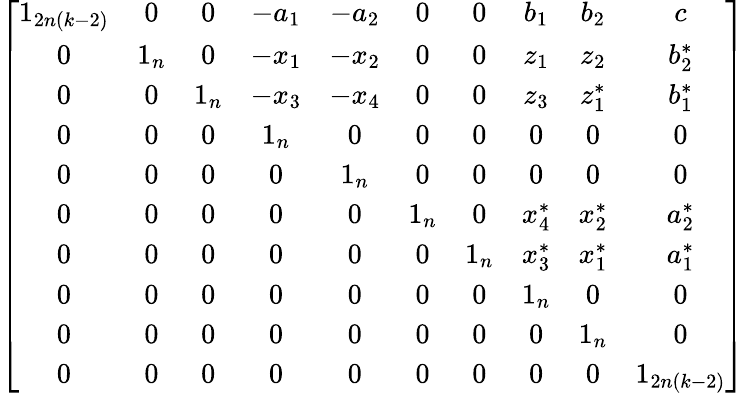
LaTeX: \left[\begin{array}{cccccccccc}{1_{2n(k-2)}}&{0}&{0}&{-a_{1}}&{-a_{2}}&{0}&{0}&{b_{1}}&{b_{2}}&{c}\\ {0}&{1_{n}}&{0}&{-x_{1}}&{-x_{2}}&{0}&{0}&{z_{1}}&{z_{2}}&{b_{2}^{\ast}}\\ {0}&{0}&{1_{n}}&{-x_{3}}&{-x_{4}}&{0}&{0}&{z_{3}}&{z_{1}^{\ast}}&{b_{1}^{\ast}}\\ {0}&{0}&{0}&{1_{n}}&{0}&{0}&{0}&{0}&{0}&{0}\\ {0}&{0}&{0}&{0}&{1_{n}}&{0}&{0}&{0}&{0}&{0}\\ {0}&{0}&{0}&{0}&{0}&{1_{n}}&{0}&{x_{4}^{\ast}}&{x_{2}^{\ast}}&{a_{2}^{\ast}}\\ {0}&{0}&{0}&{0}&{0}&{0}&{1_{n}}&{x_{3}^{\ast}}&{x_{1}^{\ast}}&{a_{1}^{\ast}}\\ {0}&{0}&{0}&{0}&{0}&{0}&{0}&{1_{n}}&{0}&{0}\\ {0}&{0}&{0}&{0}&{0}&{0}&{0}&{0}&{1_{n}}&{0}\\ {0}&{0}&{0}&{0}&{0}&{0}&{0}&{0}&{0}&{1_{2n(k-2)}}\end{array}\right]